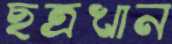
ছত্রখান